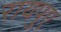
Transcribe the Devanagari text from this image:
रायपुए